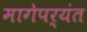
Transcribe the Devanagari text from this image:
मागेपर्यंत